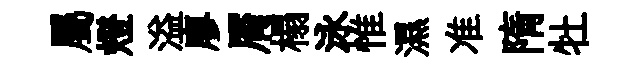
屬燈溢廖屑榻泳惟濕准隋牡